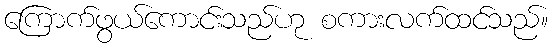
ကြောက်ဖွယ်ကောင်းသည်ဟု စကားလက်ထင်သည်။